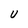
Character: U